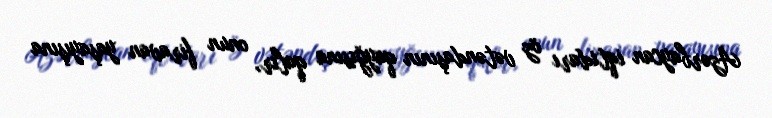
Azərbaycan iqtidarı öz vətəndaşının qayğısına qalır, onun firavan yaşayışına